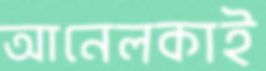
আনেলকাই